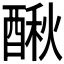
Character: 𨡲